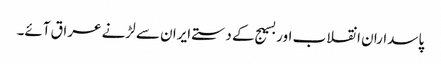
پاسداران انقلاب اور بسیج کے دستے ایران سے لڑنے عراق آئے۔